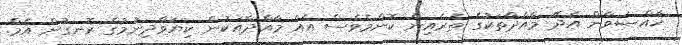
ޚާއްޞަވާން އެދޭ މާއްދާތަކުގެ ތެރެއިން ކޮންމެވެސް އެއް މާއްދާއަކުން ކިޔަވާދިނުމުގެ ރޮނގުން އެމް.